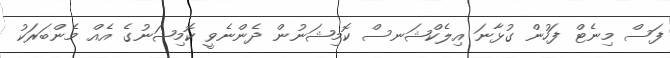
ފަސް މިނެޓް ފަހުން ގުޅާނަ އިލެކްޝަނސް ކޮމިޝަނުން ދެންނެވީ ކޮމިޝަނުގެ އެއް މެންބަރަކު